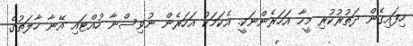
ހިފައިގެން ދަތުރުކުރި މީހާ އަހަރެންނަކީ. އެކަމަކު އަހަރެން ނުވިސްނާ ހުއްޓައި އޭނާ ހާލަތުގެ